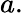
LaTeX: a.